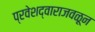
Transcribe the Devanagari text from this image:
प्रवेशद्वाराजवळून